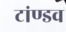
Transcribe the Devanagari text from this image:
टांण्डव